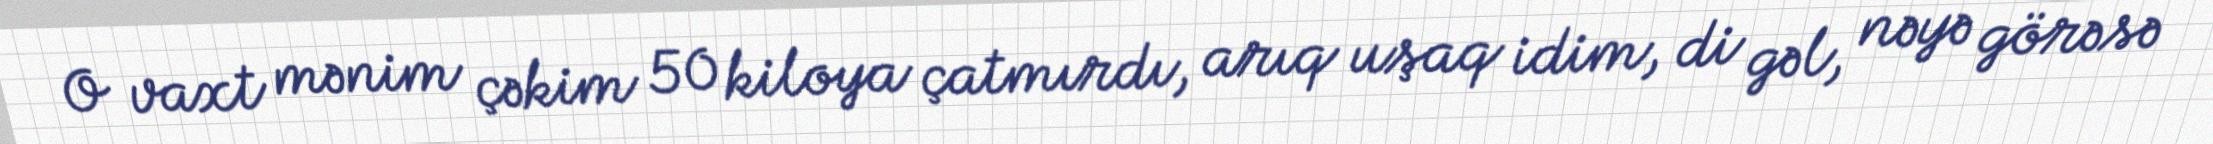
O vaxt mənim çəkim 50 kiloya çatmırdı, arıq uşaq idim, di gəl, nəyə görəsə